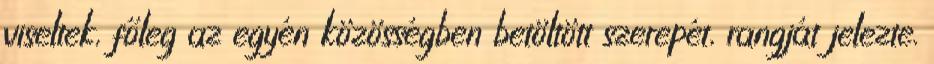
viseltek, főleg az egyén közösségben betöltött szerepét, rangját jelezte.